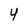
Character: Y